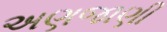
અણજાણી